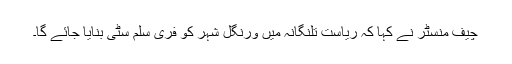
چیف منسٹر نے کہا کہ ریاست تلنگانہ میں ورنگل شہر کو فری سلم سٹی بنایا جائے گا۔